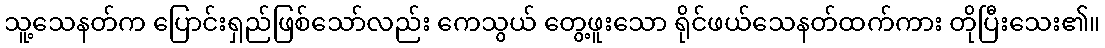
သူ့သေနတ်က ပြောင်းရှည်ဖြစ်သော်လည်း ကေသွယ် တွေ့ဖူးသော ရိုင်ဖယ်သေနတ်ထက်ကား တိုပြီးသေး၏။